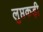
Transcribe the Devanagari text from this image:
लुप्तकड़ी